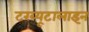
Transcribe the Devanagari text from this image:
टरब्यूटालाइन